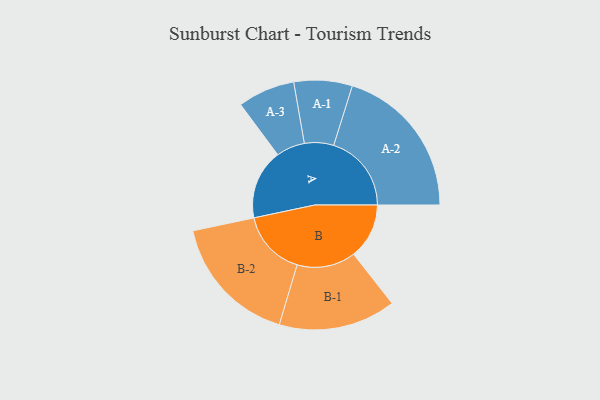
{"axis": {"x": "Segment", "y": "Value"}, "legend": ["", "A", "B"], "data": [{"x": "A", "y": 252, "type": ""}, {"x": "B", "y": 200, "type": ""}, {"x": "A-1", "y": 105, "type": "A"}, {"x": "A-2", "y": 280, "type": "A"}, {"x": "A-3", "y": 103, "type": "A"}, {"x": "B-1", "y": 211, "type": "B"}, {"x": "B-2", "y": 237, "type": "B"}]}